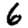
Digit: 6